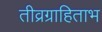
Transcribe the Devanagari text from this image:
तीव्रग्राहिताभ